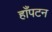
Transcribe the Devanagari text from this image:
हाँपटन